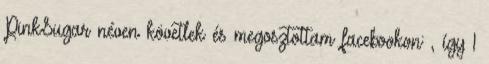
PinkSugar néven követlek és megosztottam facebookon: , így 1